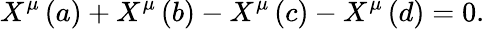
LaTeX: X^{\mu}\left(a\right)+X^{\mu}\left(b\right)-X^{\mu}\left(c\right)-X^{\mu}\left(d\right)=0.